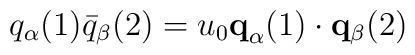
q_{\alpha}(1) \bar{q}_{\beta}(2) = u_{0} {\bf q}_{\alpha}(1)                       \cdot{\bf q}_{\beta}(2)